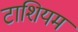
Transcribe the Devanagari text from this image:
टाशियम